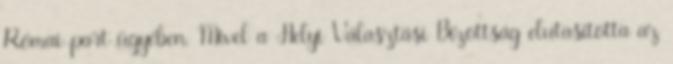
Római-part ügyében. Mivel a Helyi Választási Bizottság elutasította az